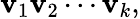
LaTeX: \mathbf{v}_{1}\mathbf{v}_{2}\cdots\mathbf{v}_{k},